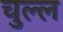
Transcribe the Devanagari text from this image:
चुल्ल